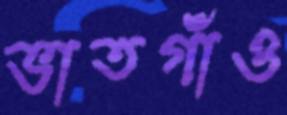
ভাতগাঁও